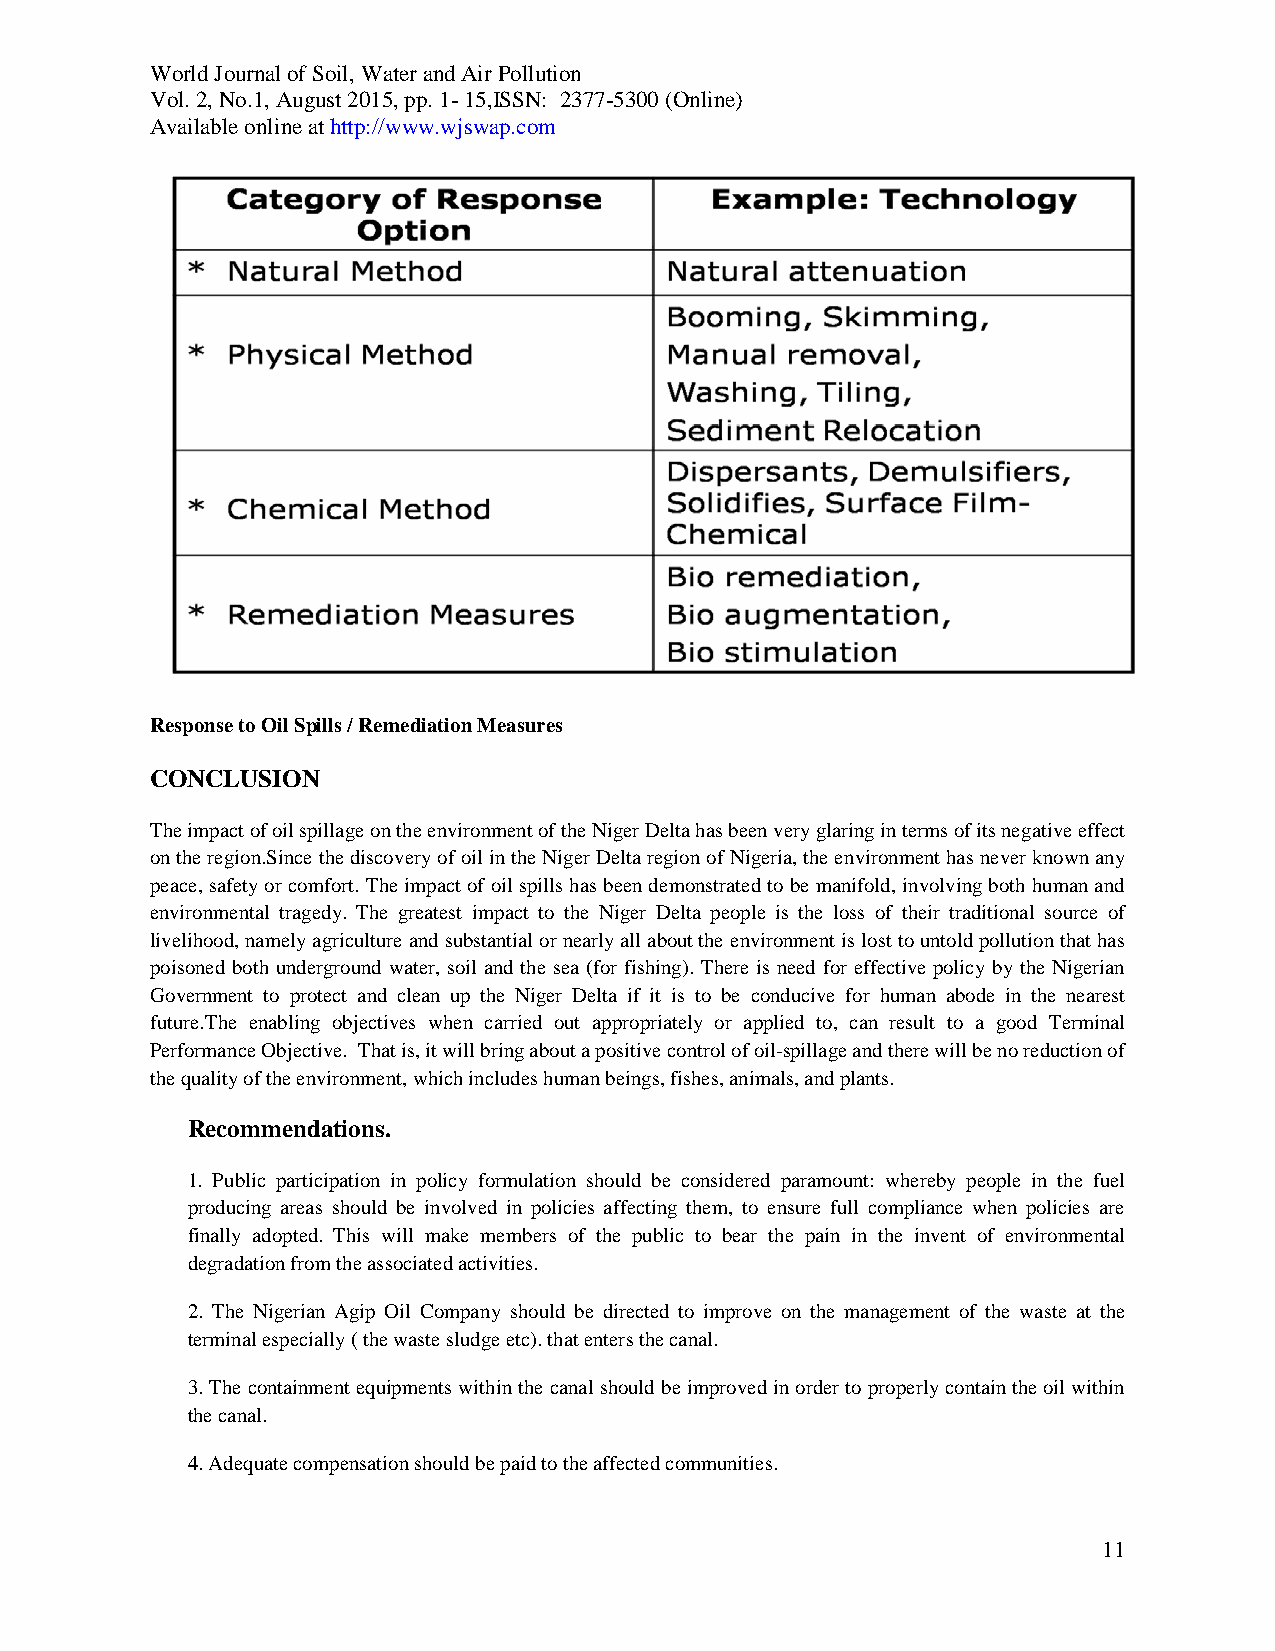
World Journal of Soil, Water and Air Pollution
 Vol. 2, No.1, August 2015, pp. 1- 15,ISSN: 2377-5300 (Online)
 Available online at http://www.wjswap.com
 Response to Oil Spills / Remediation Measures
 CONCLUSION
 The impact of oil spillage on the environment of the Niger Delta has been very glaring in terms of its negative effect
 on the region.Since the discovery of oil in the Niger Delta region of Nigeria, the environment has never known any
 peace, safety or comfort. The impact of oil spills has been demonstrated to be manifold, involving both human and
 environmental tragedy. The greatest impact to the Niger Delta people is the loss of their traditional source of
 livelihood, namely agriculture and substantial or nearly all about the environment is lost to untold pollution that has
 poisoned both underground water, soil and the sea (for fishing). There is need for effective policy by the Nigerian
 Government to protect and clean up the Niger Delta if it is to be conducive for human abode in the nearest
 future.The enabling objectives when carried out appropriately or applied to, can result to a good Terminal
 Performance Objective. That is, it will bring about a positive control of oil-spillage and there will be no reduction of
 the quality of the environment, which includes human beings, fishes, animals, and plants.
 Recommendations.
 1. Public participation in policy formulation should be considered paramount: whereby people in the fuel
 producing areas should be involved in policies affecting them, to ensure full compliance when policies are
 finally adopted. This will make members of the public to bear the pain in the invent of environmental
 degradation from the associated activities.
 2. The Nigerian Agip Oil Company should be directed to improve on the management of the waste at the
 terminal especially ( the waste sludge etc). that enters the canal.
 3. The containment equipments within the canal should be improved in order to properly contain the oil within
 the canal.
 4. Adequate compensation should be paid to the affected communities.
 11